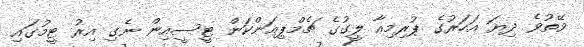
ވޭތުވެ ދިޔަ އަހަރުގެ ޕުރިމިއާ ލީގުގެ ޗެމްޕިއަންކަން ޓީސީއިން ނެގި އިރު ޓީމުގައި